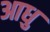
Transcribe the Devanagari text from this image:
आधु